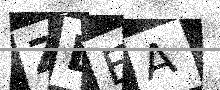
Text: ZDEA